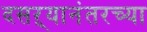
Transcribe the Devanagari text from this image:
दसऱ्यानंतरच्या